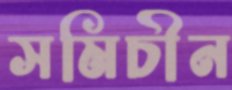
সমিচীন